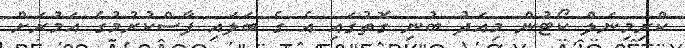
ކްރިމިނަލް ކޯޓުން މިއަދު ބުނި ގޮތުގައި އެ ގެ ބަލައި ފާސްކުރުމުގެ އަމުރަށް